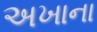
અખાના